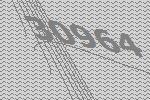
30964